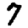
Digit: 7